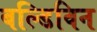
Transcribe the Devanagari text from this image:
बल्डिविन